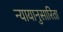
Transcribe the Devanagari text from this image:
न्यायानुसारिता